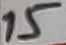
Text: 15